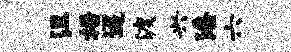
沮梧迢渡兴潘六